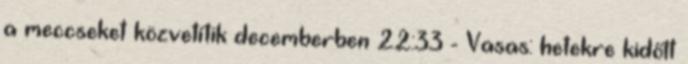
a meccseket közvetítik decemberben 22:33 - Vasas: hetekre kidőlt